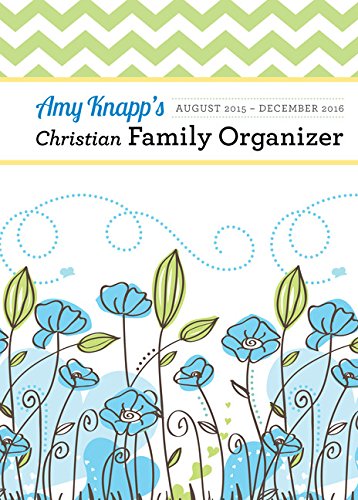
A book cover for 2016 Amy Knapp Christian Family Organizer; Amy Knapp; Self-Help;